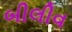
બીલીવ